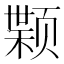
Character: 𫖷